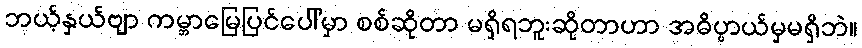
ဘယ့်နှယ်ဗျာ ကမ္ဘာမြေပြင်ပေါ်မှာ စစ်ဆိုတာ မရှိရဘူးဆိုတာဟာ အဓိပ္ပာယ်မှမရှိဘဲ။